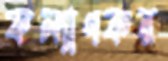
কল্যাণকর